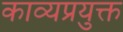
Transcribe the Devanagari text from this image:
काव्यप्रयुक्त